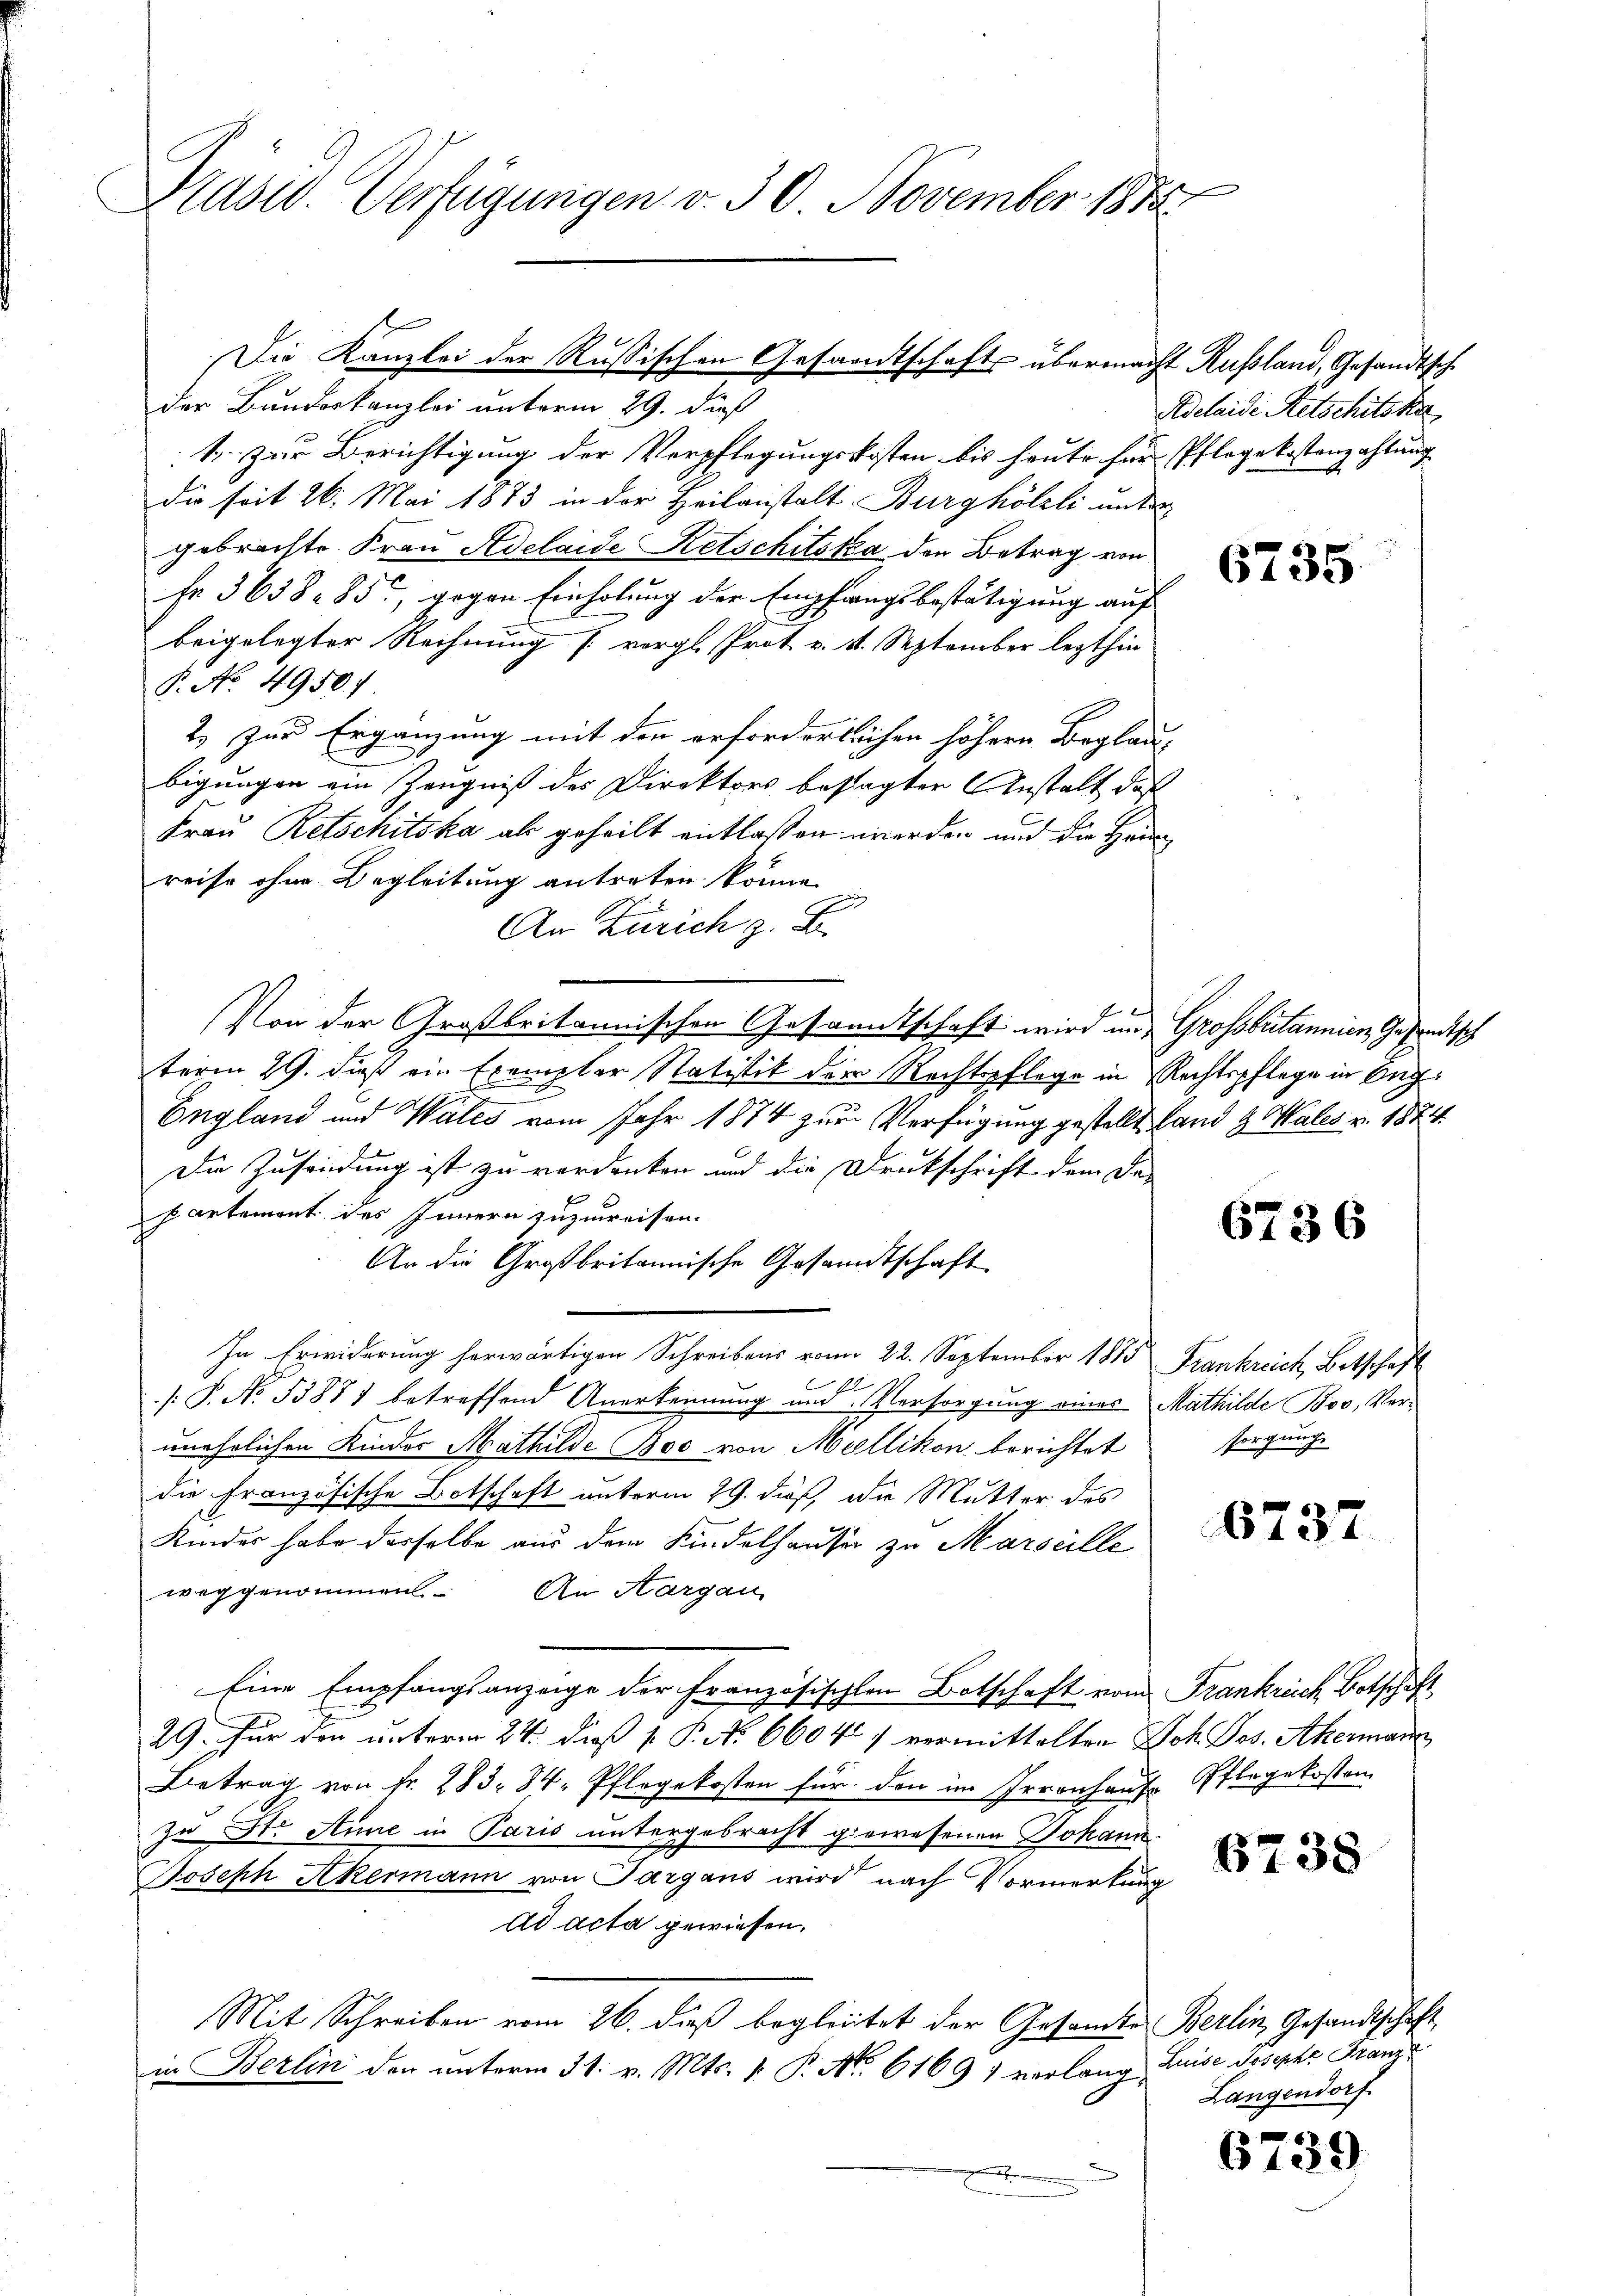
Präsid. Verfügungen v. 30. November 1885

der Bunderkanzlei unterm 29. dieß
1. Zur Berichtigung der Verpflegungskosten bis heute für Pflegekostenzahlung
Die seit 26. Mai 1873 in der Heilanstalt Burghölzli unter
gebrachte Frau Adelaide Retschitska den Betrag von
Fr. 3638. 85, gegen Einholung der Empfangsbestätigung auf
beigelegter Rechnung s. vergl. Prot. v. 11. September lezthin
P. No. 4950.
2.) zur Ergänzung mit den erforderlichen höhern Beglaubigungen ein Zeugniß des Direktors bestagten Anstalt das
Frau Retschitska als geheilt entlaßen werden und die Häureise ohne Begleitung antreten könne.
An Zürich z. B.
E
Von der Großbritannischen Gesanntschaft wird im Grossbritannien, Gesandtsch
term 29. daß ein Exemplar Statistik der Rechtspflege in Rechtspflege in Beg
E
England und Wales vom Jahr 1874 zur Verfügung gestellt, Land & Males v. 1874.
Die Zusendung ist zu verdanken und die Druckschrift dem Da-
partemont des Innern zuzuweisen.
An die Großbritannische Gesandtschaft
In Erwiderung herwärtigen Schreibens vom 22. September 1815 Frankreich, Betschaft

/: P. No. 53871 betreffend Anerkennung und Versorgung eines Mathilde Bov, Verunehelichen Kindes Mathilde Boo von Mellikon berichtet sorgung
die Französische Botschaft unterm 29. dieß, die Mutter des
Kindes habe derselbe aus dem Kindelhauser zu Marseille
weggenommen. An Hargau
Eine Empfangsanzeige der Französischen Botschaft vom Frankreich Botschaft
29. Für den unterm 24. daß P. P. N. 6604) vermittelten Joh. Jos. Akermann
Betrag von Fr. 283. 84. Pflegekosten für den im Irrenhause Pflegekosten
zu Str. Anne in Paris untergebracht gewesenen Johann
Joseph Akermann von Sargans wird nach Vormerkung
ad acta gewiesen.
Mit Schreiben vom 26. dieß begleitet der Gesandte Berlin, Gesandtschaft
in Berlin den unterm 31. v. Mts. v. P. No. 61691 verlang¬
.

Die Kanzlei der Russischen Gesandtschafts übermacht Rußland, Gesandtsch

Adelaide Retschitska

6735

6736

6737

6738

Luise. Joseph Franz
Langendorf.

6739